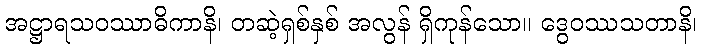
အဋ္ဌာရသဝဿာဓိကာနိ၊ တဆဲ့ရှစ်နှစ် အလွန် ရှိကုန်သော။ ဒွေဝဿသတာနိ၊